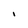
Character: I